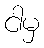
ငါမှ